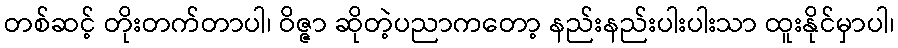
တစ်ဆင့် တိုးတက်တာပါ၊ ဝိဇ္ဇာ ဆိုတဲ့ပညာကတော့ နည်းနည်းပါးပါးသာ ထူးနိုင်မှာပါ၊